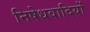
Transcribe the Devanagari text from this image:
निषेधवादियों